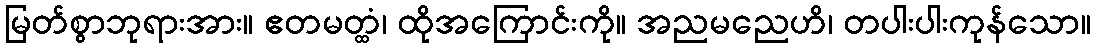
မြတ်စွာဘုရားအား။ ဧတမတ္ထံ၊ ထိုအကြောင်းကို။ အညမညေဟိ၊ တပါးပါးကုန်သော။